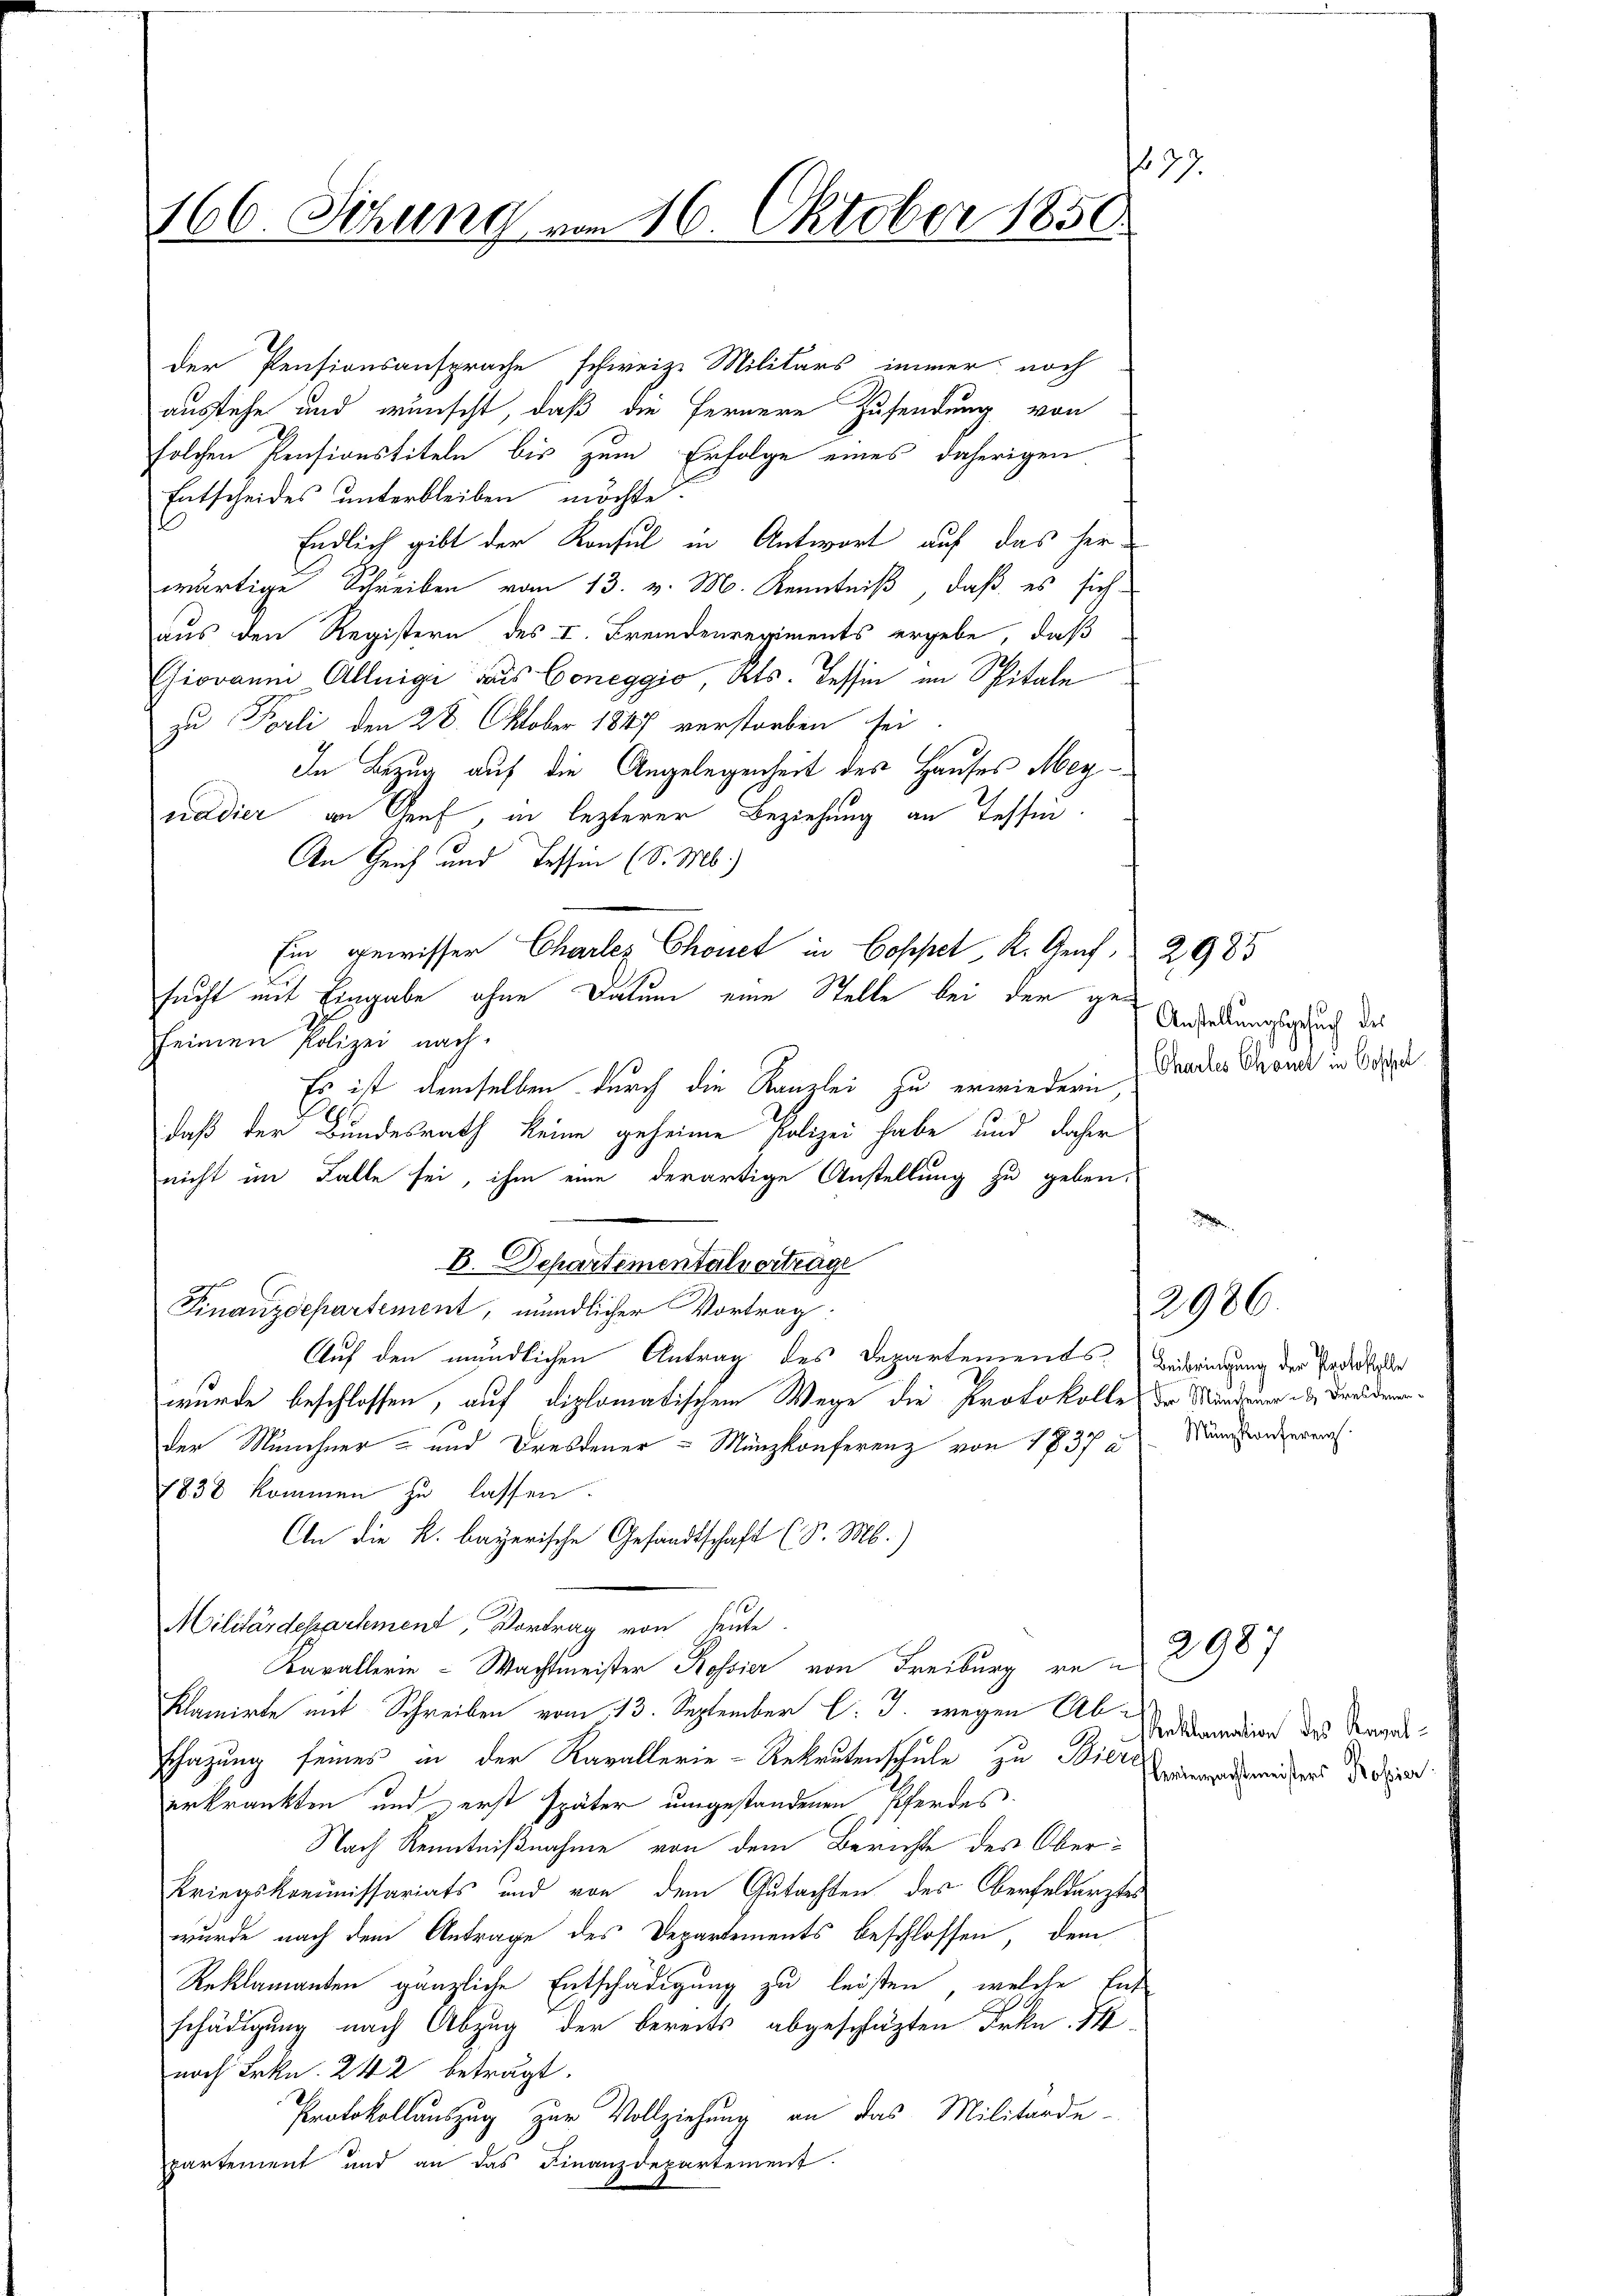
3
166. Sitzung vom 26. Oktober 1850

der Pensionsansprache schweize Militärs immer noch
austehe und wünscht, daß die Fernere Zusendung von
solchen Pensionstiteln bis zum Erfolge eines daherigen
Entscheides unterbleiben möchte
Endlich gibt der Konsul in Antwort auf das herwärtige Schreiben vom 13. v. M. Kenntniß, daß es sich
aus den Registern des I. Fremdenregiments ergebe, daß
Chiovanni Allnigi das Coneggio, Kts. Tessin im Spitale
zu Parli den 28. Oktober 1847 verstorben sei
In Bezug auf die Angelegenheit des Hauses Meynadier an Graf, in lezterer Beziehung an Tessin.
An Gerich und Tessin (S. M.)
Ein gewisser Charlez Chonet in Coppel, K. Graf 2983
sucht mit Eingabe ohne Datum eine Stelle bei der gefeinen Polizei nach
Es ist demselben durch die Kanzlei zu erwiedern den des Groner in Ode
E
daß der Bundesrath keine geheime Polizei habe und daher
nicht im Falle sei, ihm eine derartige Anstellung zu geben,
Finanzdepartement, mündlicher Vortrag:
Auf den mündlichen Antrag des Departements Beibringung der Todesfalle
wurde beschlossen, auf diplomatischem Wege die Protokolle der Mandauer & Dreidenender Münchner- und Dresdener - Münzkonferenz von 1837 a
1838 kommen zu lassen.
An die k. bayerische Gesandtschaft (S. M.)
Militärdepartement, Vortrag von heute.
Kavallerin - Machtmeister Rossier von Freiburg von 2987
klamirte mit Schreiben vom 13. September l. J. wegen Ab¬
Schazung seines in der Kavallerie-Rekrutenschule zu widers dessen.
erkränkten und erst später umgestandenen Pferdes
Nach Kenntnißnahme von dem Berichte des Ober¬
Kriegskommissariats und von dem Gutachten des Oberfeldarztes
wurde nach dem Antrage des Departements beschlossen, dem
Reklamanten gänzliche Entschädigung zu leisten, welche Ent
schädigung nach Abzug der bereits abgeschlägten Frkn. 18
nach Frkn. 242 beträgt.
Protokollauszug zur Vollziehung an das Militarde-
partement und an das Finanzdepartement.

B. Departementalvertrage

Anstellungsgesuch des

Münzkonferenz

2986.

Reklamation des Kaval¬